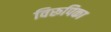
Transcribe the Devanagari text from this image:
विरूपिका